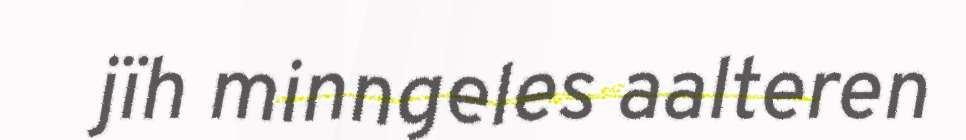
jïh minngeles aalteren